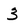
Character: 3